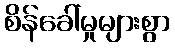
စိန်ခေါ်မှုများစွာ